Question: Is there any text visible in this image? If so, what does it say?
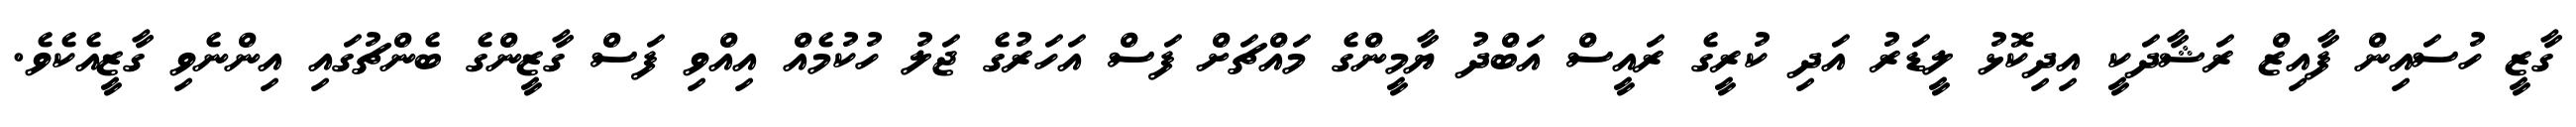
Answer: ގާޒީ ހުސައިން ފާއިޒް ރަޝާދަކީ އިދިކޮޅު ލީޑަރު އަދި ކުރީގެ ރައީސް އަބްދު ޔާމީންގެ މައްޗަށް ފަސް އަހަރުގެ ޖަލު ހުކުމެއް އިއްވި ފަސް ގާޒީންގެ ބެންޗުގައި އިންނެވި ގާޒީއެކެވެ.